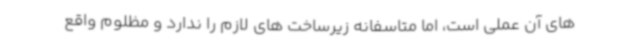
های آن عملی است، اما متاسفانه زیرساخت های لازم را ندارد و مظلوم واقع